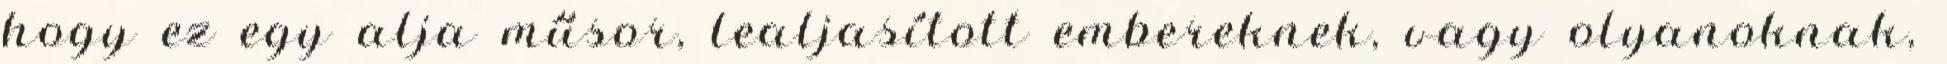
hogy ez egy alja műsor, lealjasított embereknek, vagy olyanoknak,